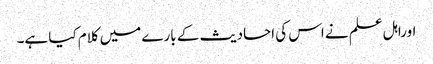
اوراہل علم نے اس کی احادیث کے بارے میں کلام کیا ہے۔